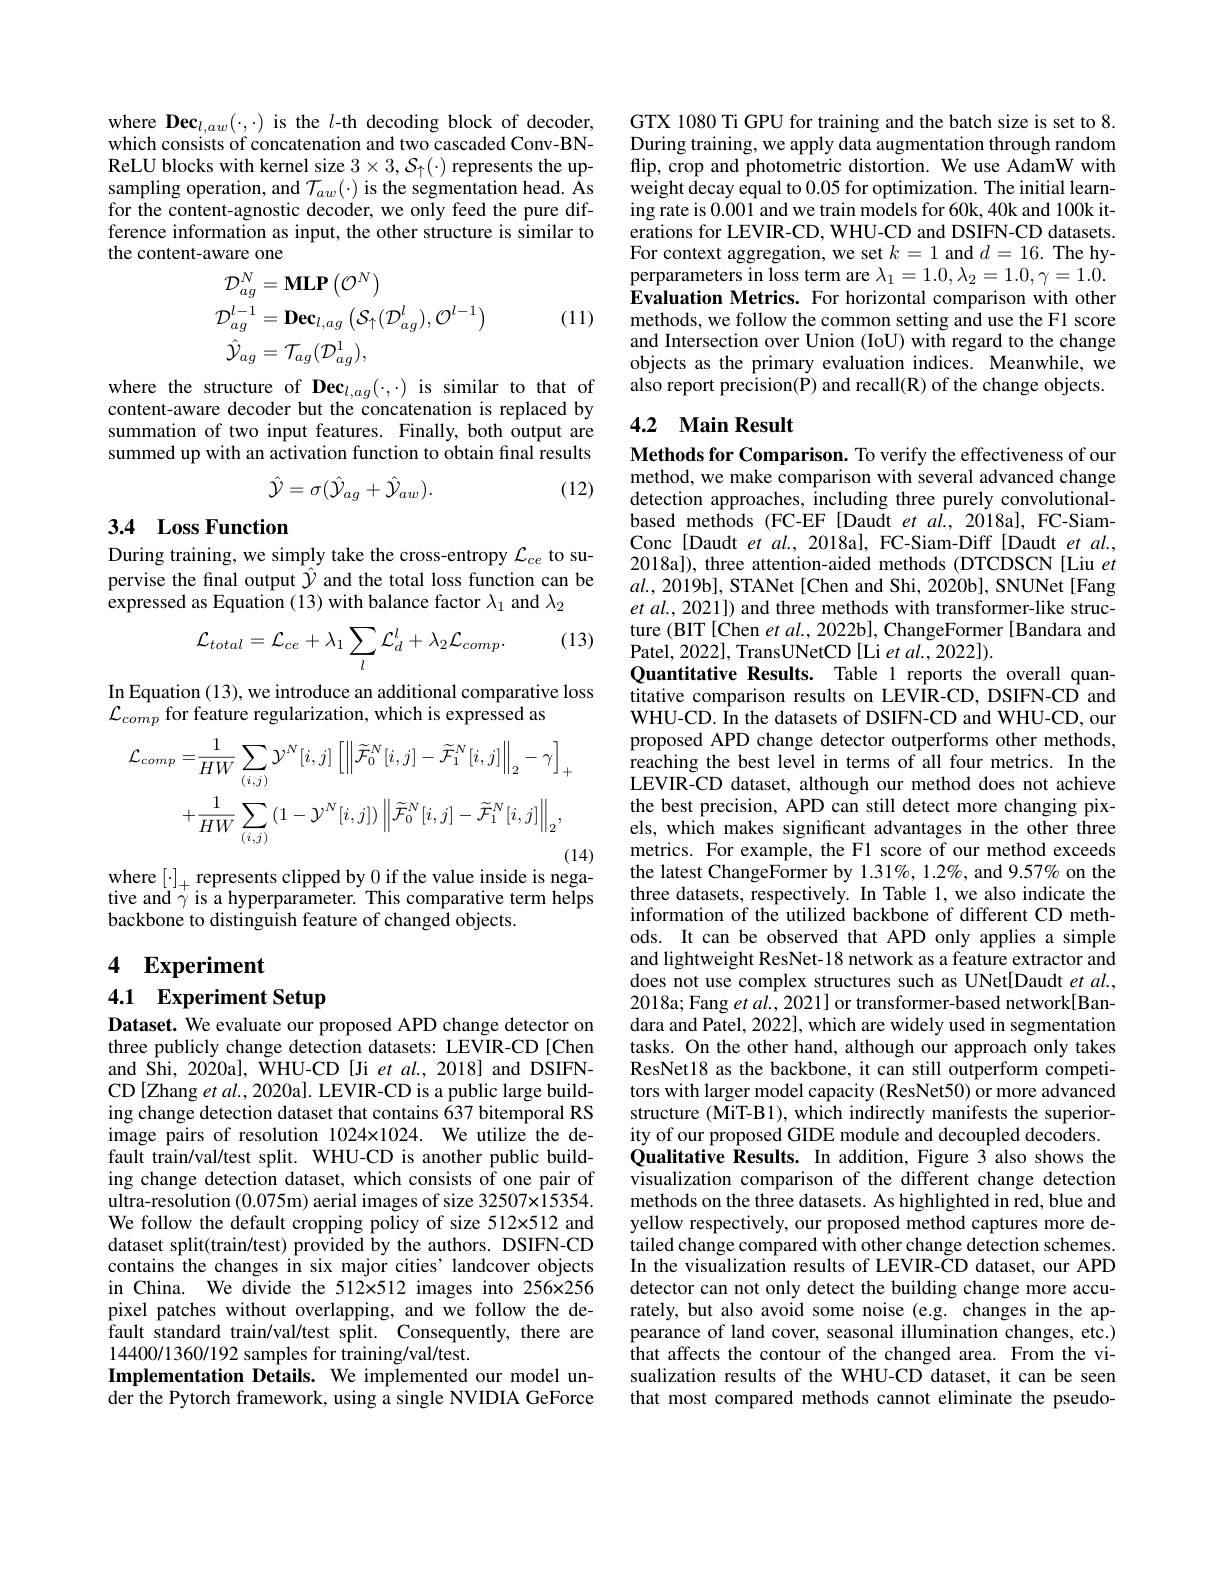
where Dec$_l,aw(\cdot,\cdot)$ is the $l$-th decoding block of decoder, which consists of concatenation and two cascaded Conv-BNReLU blocks with kernel size $3\times3,\mathcal{S}_\uparrow(\cdot)$ represents the upsampling operation, and $\mathcal{T}_{aw}(\cdot)$ is the segmentation head. Ås for the content-agnostic decoder, we only feed the pure difference information as input, the other structure is similar to the content-aware one
$$\begin{aligned}\mathcal{D}_{ag}^{N}&=\mathbf{MLP}\left(\mathcal{O}^{N}\right)\\\mathcal{D}_{ag}^{l-1}&=\mathbf{Dec}_{l,ag}\left(\mathcal{S}_{\uparrow}(\mathcal{D}_{ag}^{l}),\mathcal{O}^{l-1}\right)\\\hat{\mathcal{Y}}_{ag}&=\mathcal{T}_{ag}(\mathcal{D}_{ag}^{1}),\\\end{aligned}$$
(11)

where the structure of Dec$_l,ag(\cdot,\cdot)$ is similar to that of content-aware decoder but the concatenation is replaced by summation of two input features. Finally, both output are summed up with an activation function to obtain final results
$$\hat{\mathcal{Y}}=\sigma(\hat{\mathcal{Y}}_{ag}+\hat{\mathcal{Y}}_{aw}).$$
(12)

## 3.4 Loss Function

During training, we simply take the cross-entropy $\mathcal{L}_ce$ to supervise the final output $\hat{\mathcal{Y}}$ and the total loss function can be expressed as Equation (13) with balance factor $\lambda_1$ and $\lambda_2$

(13)
$$\mathcal{L}_{total}=\mathcal{L}_{ce}+\lambda_{1}\sum_{l}\mathcal{L}_{d}^{l}+\lambda_{2}\mathcal{L}_{comp}.$$
In Equation (13), we introduce an additional comparative loss
$\mathcal{L}_{comp}$ for feature regularization, which is expressed as
$$\begin{aligned}\mathcal{L}_{comp}=&\frac{1}{HW}\sum_{(i,j)}\mathcal{Y}^{N}[i,j]\left[\left\|\widetilde{\mathcal{F}}_{0}^{N}[i,j]-\widetilde{\mathcal{F}}_{1}^{N}[i,j]\right\|_{2}-\gamma\right]_{+}\\&+\frac{1}{HW}\sum_{(i,j)}\left(1-\mathcal{Y}^{N}[i,j]\right)\left\|\widetilde{\mathcal{F}}_{0}^{N}[i,j]-\widetilde{\mathcal{F}}_{1}^{N}[i,j]\right\|_{2},\end{aligned}$$
(14)

$\begin{array}{l}\mathrm{where~[\cdot]_+~represents~clipped~by~0~if~the~value~inside~is~nega-}\\\mathrm{tive~and~\gamma~is~a~hyperparameter.~This~comparative~term~helps}\end{array}$

backbone to distinguish feature of changed objects.

# 4 Experiment

4.1 Experiment Setup

Dataset. We evaluate our proposed APD change detector on

three publicly change detection datasets: LEVIR-CD[Chen and Shi, 2020a], WHU-CD [Ji et $al.,2018]$ and DSIFNCD [Zhang et al., 2020a]. LEVIR-CD is a public large building change detection dataset that contains 637 bitemporal RS image pairs of resolution 1024x1024. We utilize the default train/val/test split. WHU-CD is another public building change detection dataset, which consists of one pair of ultra-resolution (0.075m) aerial images of size 32507x15354. We follow the default cropping policy of size 512x512 and dataset split(train/test) provided by the authors. DSIFN-CD contains the changes in six major cities' landcover objects in China. We divide the 512x512 images into 256x256 pixel patches without overlapping, and we follow the default standard train/val/test split. Consequently, there are 14400/1360/192 samples for training/val/test.
Implementation Details. We implemented our model under the Pytorch framework, using a single NVIDIA GeForce

GTX 1080 Ti GPU for training and the batch size is set to 8. During training, we apply data augmentation through random flip, crop and photometric distortion. We use AdamW with weight decay equal to 0.05 for optimization. The initial learning rate is 0.001 and we train models for 60k,40k and 100k iterations for LEVIR-CD, WHU-CD and DSIFN-CD datasets. For context aggregation, we set $k=1$ and $d=16.$ The hyperparameters in loss term are $\lambda_1=1.0,\lambda_2=1.0,\gamma=1.0.$ Evaluation Metrics. For horizontal comparison with other methods, we follow the common setting and use the F1 score and Intersection over Union (IoU) with regard to the change objects as the primary evaluation indices. Meanwhile, we also report precision(P) and recall(R) of the change objects.

## 4.2 Main Result

Methods for Comparison. To verify the effectiveness of our method, we make comparison with several advanced change detection approaches, including three purely convolutionalbased methods (FC-EF [Daudt et al., 2018a], FC-SiamConc [Daudt et al., 2018a], FC-Siam-Diff[Daudt et al., 2018a]), three attention-aided methods (DTCDSCN[Liu $et$ $al.,2019$b], STANet[Chen and Shi, 2020b], SNUNet[Fang et al., 2021]) and three methods with transformer-like structure (BIT[Chen $etal.,2022$b], ChangeFormer[Bandara and Patel, 2022], TransUNetCD [Li et al., 2022]).
Quantitative Results. Table 1 reports the overall quantitative comparison results on LEVÎR-CD, DSIFN-CD and WHU-CD. În the datasets of DSIFN-CD and WHU-CD, our proposed APD change detector outperforms other methods, reaching the best level in terms of all four metrics. In the LEVIR-CD dataset, although our method does not achieve the best precision, APD can still detect more changing pixels, which makes significant advantages in the other three metrics. For example, the F1 score of our method exceeds the latest ChangeFormer by 1.31%, 1.2%, and 9.57% on the three datasets, respectively. In Table 1, we also indicate the information of the utilized backbone of different CD methods. It can be observed that APD only applies a simple and lightweight ResNet-18 network as a feature extractor and does not use complex structures such as UNet[Daudt et al., 2018a; Fang et al., 2021] or transformer-based network[Bandara and Patel, 2022], which are widely used in segmentation tasks. On the other hand, although our approach only takes ResNet18 as the backbone, it can still outperform competitors with larger model capacity (ResNet50) or more advanced structure (MiT-B1), which indirectly manifests the superiority of our proposed GIDE module and decoupled decoders. Qualitative Results. In addition, Figure 3 also shows the visualization comparison of the different change detection methods on the three datasets. As highlighted in red, blue and yellow respectively, our proposed method captures more detailed change compared with other change detection schemes. In the visualization results of LEVIR-ČD dataset, our APD detector can not only detect the building change more accurately, but also avoid some noise (e.g. changes in the appearance of land cover, seasonal illumination changes, etc.) that affects the contour of the changed area. From the visualization results of the WHU-CD dataset, it can be seen that most compared methods cannot eliminate the pseudo-